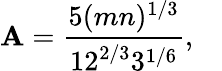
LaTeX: \mathbf{A}={\frac{{5(mn)^{1/3}}}{{12^{2/3}3^{1/6}}}},\quad